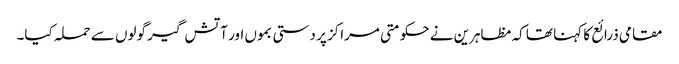
مقامی ذرائع کا کہنا تھا کہ مظاہرین نے حکومتی مراکز پر دستی بموں اور آتش گیر گولوں سے حملہ کیا۔